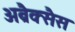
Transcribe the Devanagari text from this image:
अब्रैक्सैस